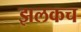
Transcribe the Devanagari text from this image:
झलकच